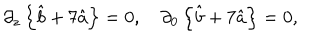
\partial _ { z } \left\{ \hat { b } + 7 \hat { a } \right\} = 0 , \quad \partial _ { 0 } \left\{ \hat { b } + 7 \hat { a } \right\} = 0 ,